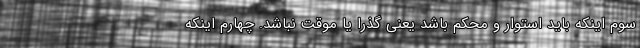
سوم اینکه باید استوار و محکم باشد یعنی گذرا یا موقت نباشد. چهارم اینکه